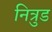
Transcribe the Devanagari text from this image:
नित्रुड